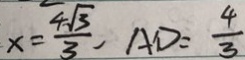
x = \frac { 4 \sqrt { 3 } } { 3 } , A D = \frac { 4 } { 3 }